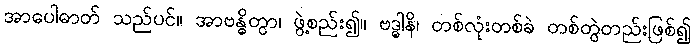
အာပေါဓာတ် သည်ပင်။ အာဗန္ဓိတွာ၊ ဖွဲ့စည်း၍။ ဗဒ္ဓါနိ၊ တစ်လုံးတစ်ခဲ တစ်တွဲတည်းဖြစ်၍